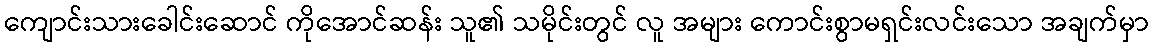
ကျောင်းသားခေါင်းဆောင် ကိုအောင်ဆန်း သူ၏ သမိုင်းတွင် လူ အများ ကောင်းစွာမရှင်းလင်းသော အချက်မှာ